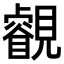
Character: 𧢕